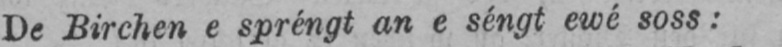
De Birchen e spréngt an e séngt ewé soss: